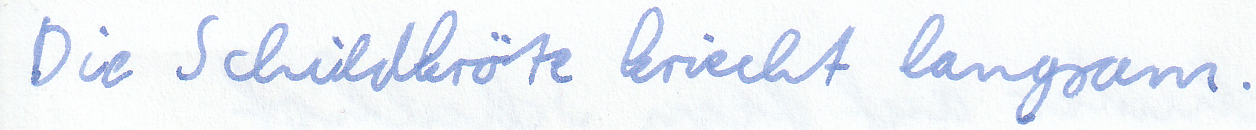
Die Schildkröte kriecht langsam.